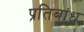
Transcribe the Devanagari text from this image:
प्रतिबांध